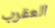
العقرب